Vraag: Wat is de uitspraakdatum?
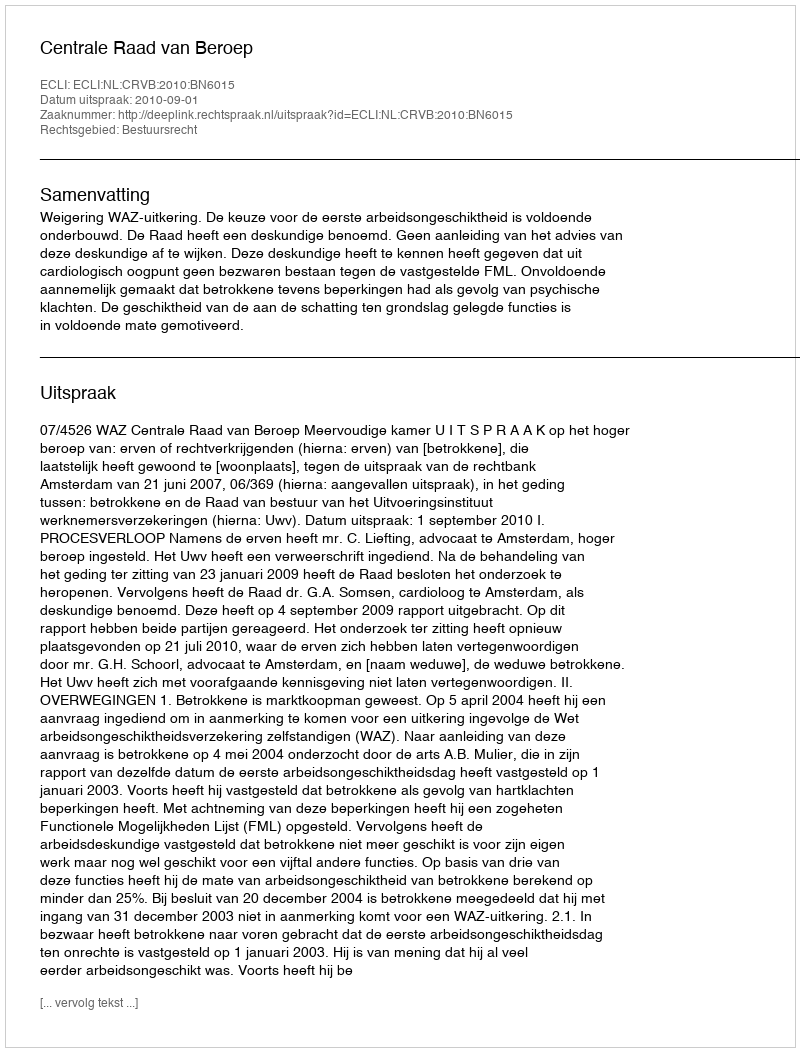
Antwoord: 2010-09-01